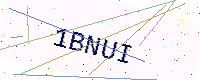
Text: 1BNUI